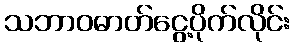
သဘာဝဓာတ်ငွေ့ပိုက်လိုင်း